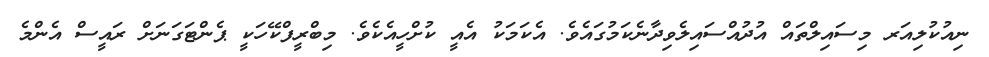
ނިއުކުލިއަރ މިސައިލްތައް އުދުއްސައިލެވިދާނެކަމުގައެވެ. އެކަމަކު އެއީ ކުށްހީއެކެވެ. މިބްރީފްކޭހަކީ ޕެންޓަގަނަށް ރައީސް އެންމެ